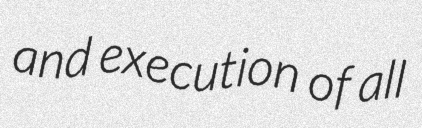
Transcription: and execution of all